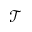
\mathcal { T }